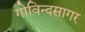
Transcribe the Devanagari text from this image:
गोविन्दसागर